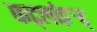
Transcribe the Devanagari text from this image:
फर्ट्लाइर्‍र्